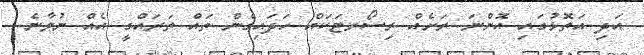
އަަދި އަތޮޅުގައި އޮންނަ ރަށެއް ރިސޯރޓަކައް ހަދައިގެން ތައް ތަރައްގީ އެއް ނުވާނެ.